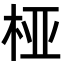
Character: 桠